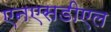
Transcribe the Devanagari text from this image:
एनएसडीएल